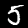
Label: 5